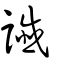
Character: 讖